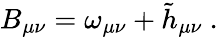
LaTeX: B_{\mu\nu}=\omega_{\mu\nu}+\tilde{h}_{\mu\nu}\ .